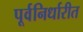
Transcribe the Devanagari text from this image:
पूर्वनिर्धारीत